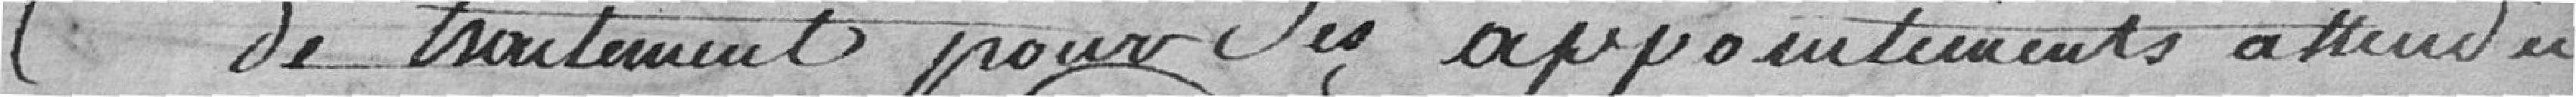
de traitement pour ses appointements attendu